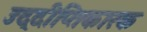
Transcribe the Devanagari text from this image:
उद्दीप्तिकारक